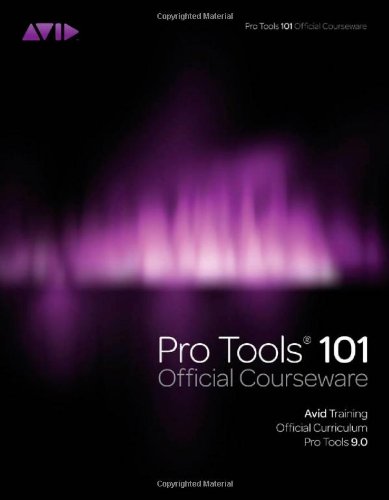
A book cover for Pro Tools 101 -- Official Courseware, Version 9.0 (Book & DVD-ROM); Inc. Avid; Computers & Technology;